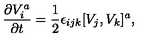
{ \frac { \partial V _ { i } ^ { a } } { \partial t } } = { \frac { 1 } { 2 } } \epsilon _ { i j k } [ V _ { j } , V _ { k } ] ^ { a } ,